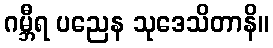
ဂမ္ဘီရ ပညေန သုဒေသိတာနိ။